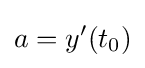
a=y'(t_{0})